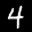
Label: 4